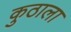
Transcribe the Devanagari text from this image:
कुठाला